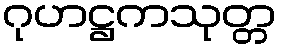
ဂုဟဋ္ဌကသုတ္တ